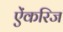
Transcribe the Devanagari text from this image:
ऐंकरिज